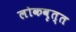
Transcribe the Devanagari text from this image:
लोकवृत्त